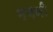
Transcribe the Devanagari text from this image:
मबनी